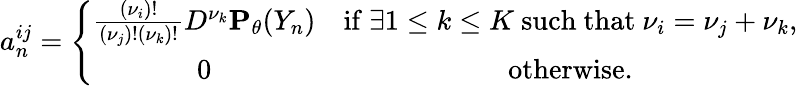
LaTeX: a_{n}^{ij}=\left\{ \begin{array}{cc}{\frac{(\nu_{i})!}{(\nu_{j})!(\nu_{k})!}D^{\nu_{k}}{\mathbf P}_{\theta}(Y_{n})}&{\mathrm{if~}\exists 1\leq k\leq K\mathrm{~such~that~}\nu_{i}=\nu_{j}+\nu_{k},}\\ {0}&{\mathrm{otherwise}.}\end{array}\right.